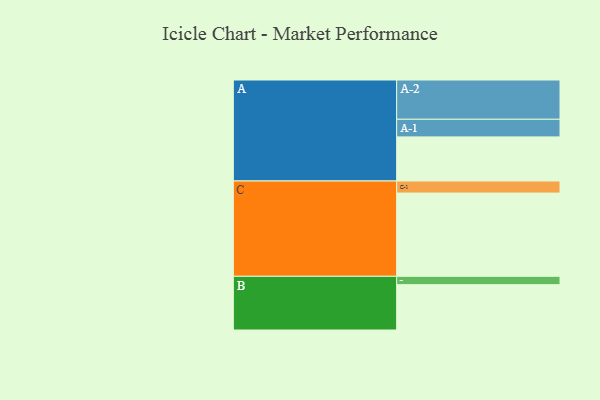
{"axis": {"x": "Segment", "y": "Value"}, "legend": ["", "A", "B", "C"], "data": [{"x": "A", "y": 318, "type": ""}, {"x": "B", "y": 327, "type": ""}, {"x": "C", "y": 600, "type": ""}, {"x": "A-1", "y": 127, "type": "A"}, {"x": "A-2", "y": 283, "type": "A"}, {"x": "B-1", "y": 60, "type": "B"}, {"x": "C-1", "y": 87, "type": "C"}]}